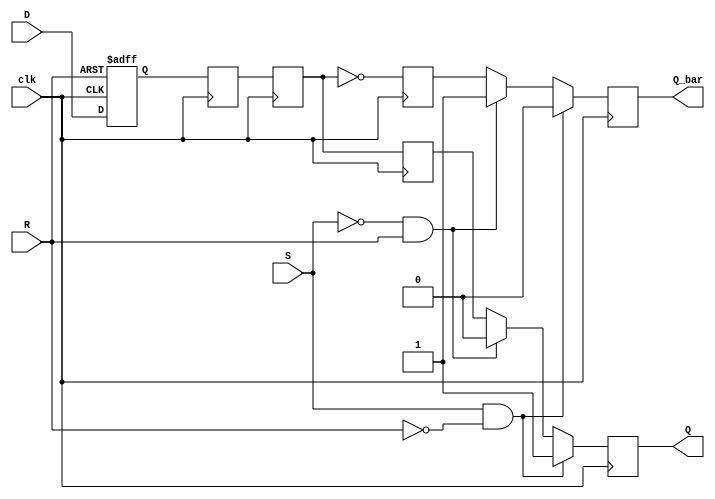
module master_slave_sr_ff(input D, input S, input R, input clk, output reg Q, output reg Q_bar);

reg D1, Q1, Q_bar1; // Signals for the master D flip-flop
reg D2, Q2, Q_bar2; // Signals for the slave D flip-flop

// Master D flip-flop
always @(posedge clk or posedge R)
begin
    if(R)
        D1 <= 0;
    else
        D1 <= D;
end

always @(posedge clk)
begin
    Q1 <= D1;
    Q_bar1 <= ~D1;
end

// Slave D flip-flop
always @(posedge clk)
begin
    D2 <= Q1;
end

always @(posedge clk)
begin
    Q2 <= D2;
    Q_bar2 <= ~D2;
end

// Set-Reset logic
always @(posedge clk)
begin
    if(S && !R)
    begin
        Q <= 1;
        Q_bar <= 0;
    end
    else if(!S && R)
    begin
        Q <= 0;
        Q_bar <= 1;
    end
    else
    begin
        Q <= Q2;
        Q_bar <= Q_bar2;
    end
end

endmodule